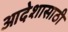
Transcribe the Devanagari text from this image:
आदेशासाठी